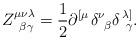
LaTeX: \begin{align*}Z_{\;\;\beta \gamma }^{\mu \nu \lambda }=\frac 12\partial^{\left[ \mu \right. }\delta _{\;\;\beta }^\nu \delta _{\;\;\gamma }^{\left.\lambda \right] }.\end{align*}